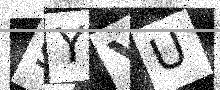
Text: 9YYU